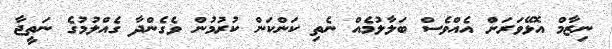
ނިޒާމް އޮޅޭވަރަށް އެއްވެސް ބަލާލުމެއް ނެތި ކަންކަން ކުރުމުން ވެގެންދާ ގެއްލުމުގެ ނަތީޖާ